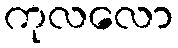
ကုလလော